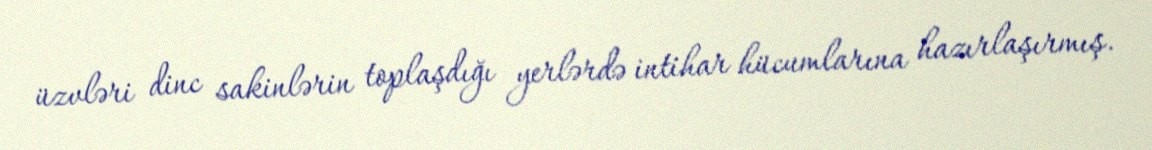
üzvləri dinc sakinlərin toplaşdığı yerlərdə intihar hücumlarına hazırlaşırmış.